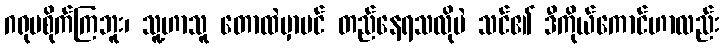
ဂရုမစိုက်ကြဘူး၊ သူ့ဟာသူ တောထဲမှာပင် တည်နေရသလိုပဲ သင်၏ ဒီကိုယ်ကောင်ဟာလည်း